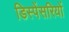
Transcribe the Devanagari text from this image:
डिस्पेंसरियों